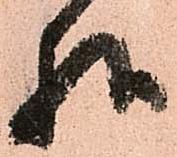
様